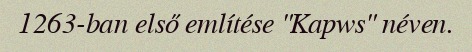
1263-ban első említése "Kapws" néven.